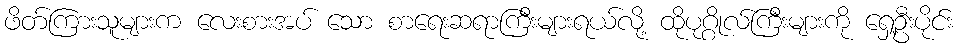
ဖိတ်ကြားသူများက လေးစားအပ် သော စာရေးဆရာကြီးများရယ်လို့ ထိုပုဂ္ဂိုလ်ကြီးများကို ရှေ့ဦးပိုင်း